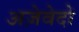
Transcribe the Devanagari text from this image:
अज़ेवेदो